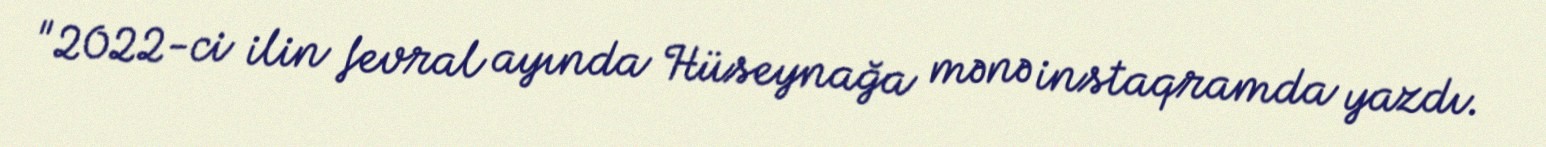
"2022-ci ilin fevral ayında Hüseynağa mənə instaqramda yazdı.